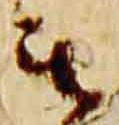
無